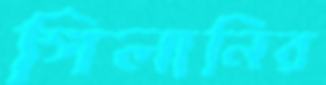
গিলানির